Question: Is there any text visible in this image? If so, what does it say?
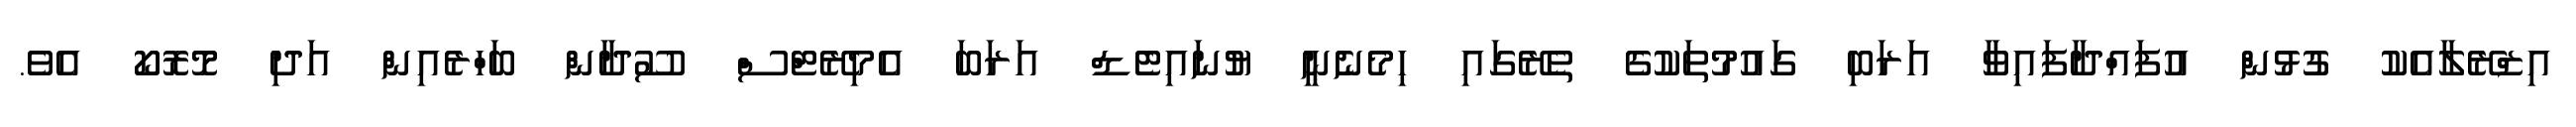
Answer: އިޒްރޭލާއެކު ގުޅުން އުފައްދާފައިވާ އަރަބި ގައުމުތަކުގެ ތެރޭގައި ހިމެނެނީ ޔުނައިޓެޑް އަރަބަ އެމިރޭޓްސް ސޫދާން ބަހްރެއިން އަދި މޮރޮކޯ އެވެ.